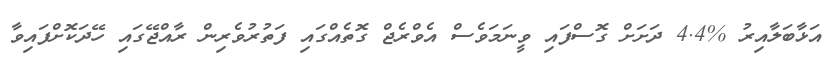
އަޅާބަލާއިރު %4.4 ދަށަށް ގޮސްފައި ވީނަމަވެސް އެވްރެޖް ގޮތެއްގައި ފަތުރުވެރިން ރާއްޖޭގައި ހޭދަކޮށްފައިވާ